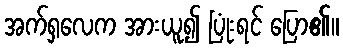
အက်ရှလေက အားယူ၍ ပြုံးရင် ပြော၏။